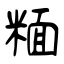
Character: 糆